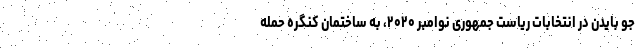
جو بایدن در انتخابات ریاست جمهوری نوامبر ۲۰۲۰، به ساختمان کنگره حمله